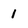
Character: 1